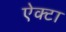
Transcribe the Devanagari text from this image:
ऐक्टा